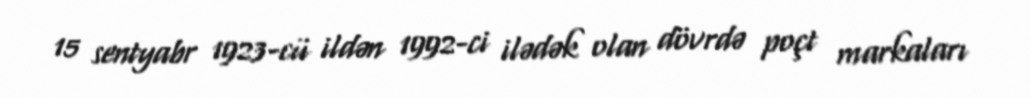
15 sentyabr 1923-cü ildən 1992-ci ilədək olan dövrdə poçt markaları